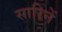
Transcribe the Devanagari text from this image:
सारिनें